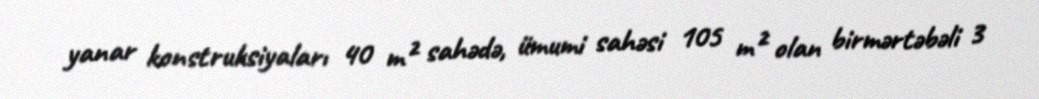
yanar konstruksiyaları 40 m² sahədə, ümumi sahəsi 105 m² olan birmərtəbəli 3